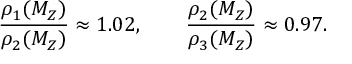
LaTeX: \frac { \rho _ { 1 } ( M _ { Z } ) } { \rho _ { 2 } ( M _ { Z } ) } \approx 1 . 0 2 , \qquad \frac { \rho _ { 2 } ( M _ { Z } ) } { \rho _ { 3 } ( M _ { Z } ) } \approx 0 . 9 7 .